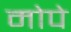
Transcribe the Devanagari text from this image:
मोपे